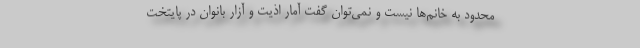
محدود به خانم‌ها نیست و نمی‌توان گفت آمار اذیت و آزار بانوان در پایتخت